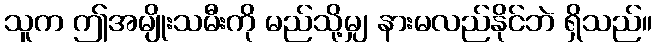
သူက ဤအမျိုးသမီးကို မည်သို့မျှ နားမလည်နိုင်ဘဲ ရှိသည်။